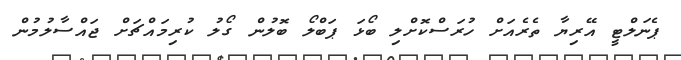
ޕެނަލްޓީ އޭރިޔާ ތެރެއަށް ހުރަސްކޮށްލި ބޯޅަ ޕަބްލޯ ބޮލުން ގޯލު ކުރިމައްޗަށް ޖައްސާލުމުން